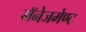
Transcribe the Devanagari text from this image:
मॅनेजमेण्ट